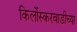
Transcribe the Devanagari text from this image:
किर्लोस्करवाडीच्या